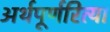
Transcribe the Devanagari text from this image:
अर्थपूर्णरित्या